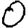
Digit: 0